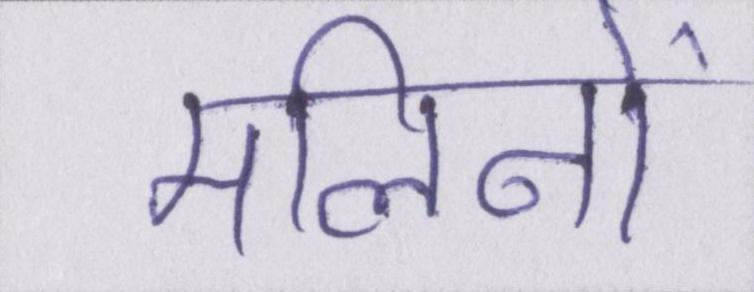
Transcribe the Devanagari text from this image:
मलिनों